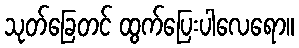
သုတ်ခြေတင် ထွက်ပြေးပါလေရော။